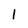
Character: 1